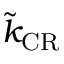
\tilde { k } _ { \mathrm { C R } }